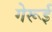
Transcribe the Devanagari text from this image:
गेरूई